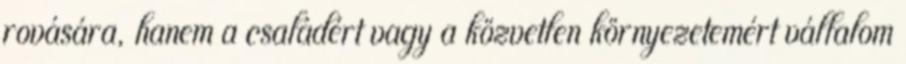
rovására, hanem a családért vagy a közvetlen környezetemért vállalom